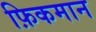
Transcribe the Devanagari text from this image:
फ़िकमान